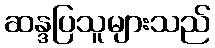
ဆန္ဒပြသူများသည်